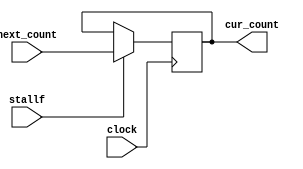
`ifndef PC_V
`define PC_V

module program_counter(clock, stallf, next_count, cur_count);
input [31:0] next_count;
input stallf;
input clock;
output reg [31:0] cur_count;
always @(posedge clock)
begin
    if(stallf==1)
        cur_count <= next_count;
end
initial
begin
    // See readme for the required starting two bytes of the binary.
    cur_count <= 32'h00400000;
end
endmodule

`endif